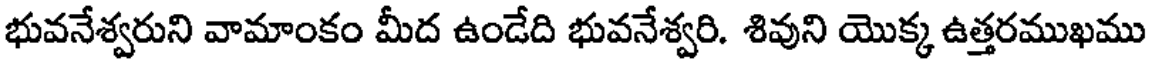
భువనేశ్వరుని వామాంకం మీద ఉండేది భువనేశ్వరి. శివుని యొక్క ఉత్తరముఖము